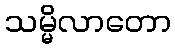
သမ္မိလာတော